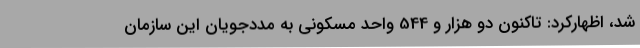
شد، اظهارکرد: تاکنون دو هزار و 544 واحد مسکونی به مددجویان این سازمان